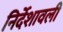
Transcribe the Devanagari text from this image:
निर्देशावली